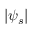
| \psi _ { s } |